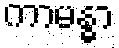
ကာမန္ဓာ